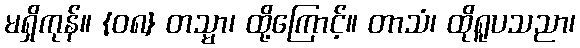
မရှိကုန်။ {၀၈} တသ္မာ၊ ထို့ကြောင့်။ တာသံ၊ ထိုရူပသညာ၊